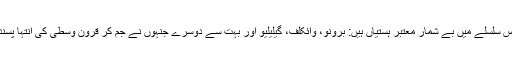
آپ کے مغرب میں تو اس سلسلے میں بے شمار معتبر ہستیاں ہیں: برونو، وائکلف، گیلیلیو اور بہت سے دوسرے جنہوں نے جم کر قرونِ وسطیٰ کی انتہا پسند عیسائیت کا مقابلہ کیا ۔